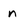
Character: n